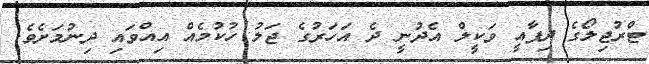
ޓްރުޖިލޯގެ ދިފާއީ ވަކީލް އެދުނީ ދެ އަހަރުގެ ޖަލު ހުކުމެއް އިއްވައި ދިނުމަށެވެ.